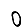
Digit: 0